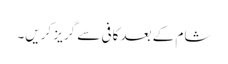
شام کے بعد کافی سے گریز کریں۔